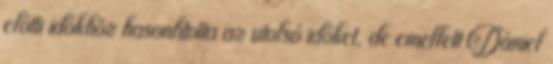
előtti időkhöz hasonlította az utolsó időket, de emellett Dániel